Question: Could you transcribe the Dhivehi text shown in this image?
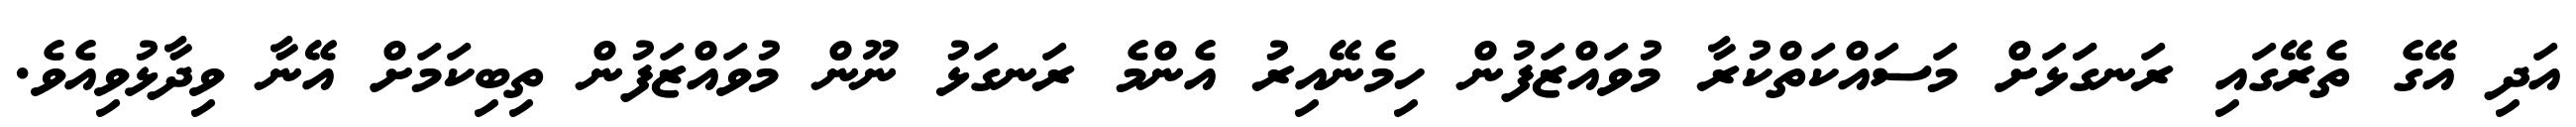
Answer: އަދި އޭގެ ތެރޭގައި ރަނގަަޅަށް މަސައްކަތްކުރާ މުވައްޒަފުން ހިމެނޭއިރު އެންމެ ރަނގަޅު ނޫން މުވައްޒަފުން ތިބިކަމަށް އޭނާ ވިދާޅުވިއެވެ.